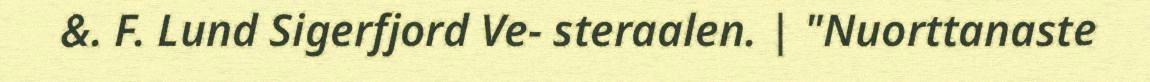
&. F. Lund Sigerfjord Ve- steraalen. | "Nuorttanaste